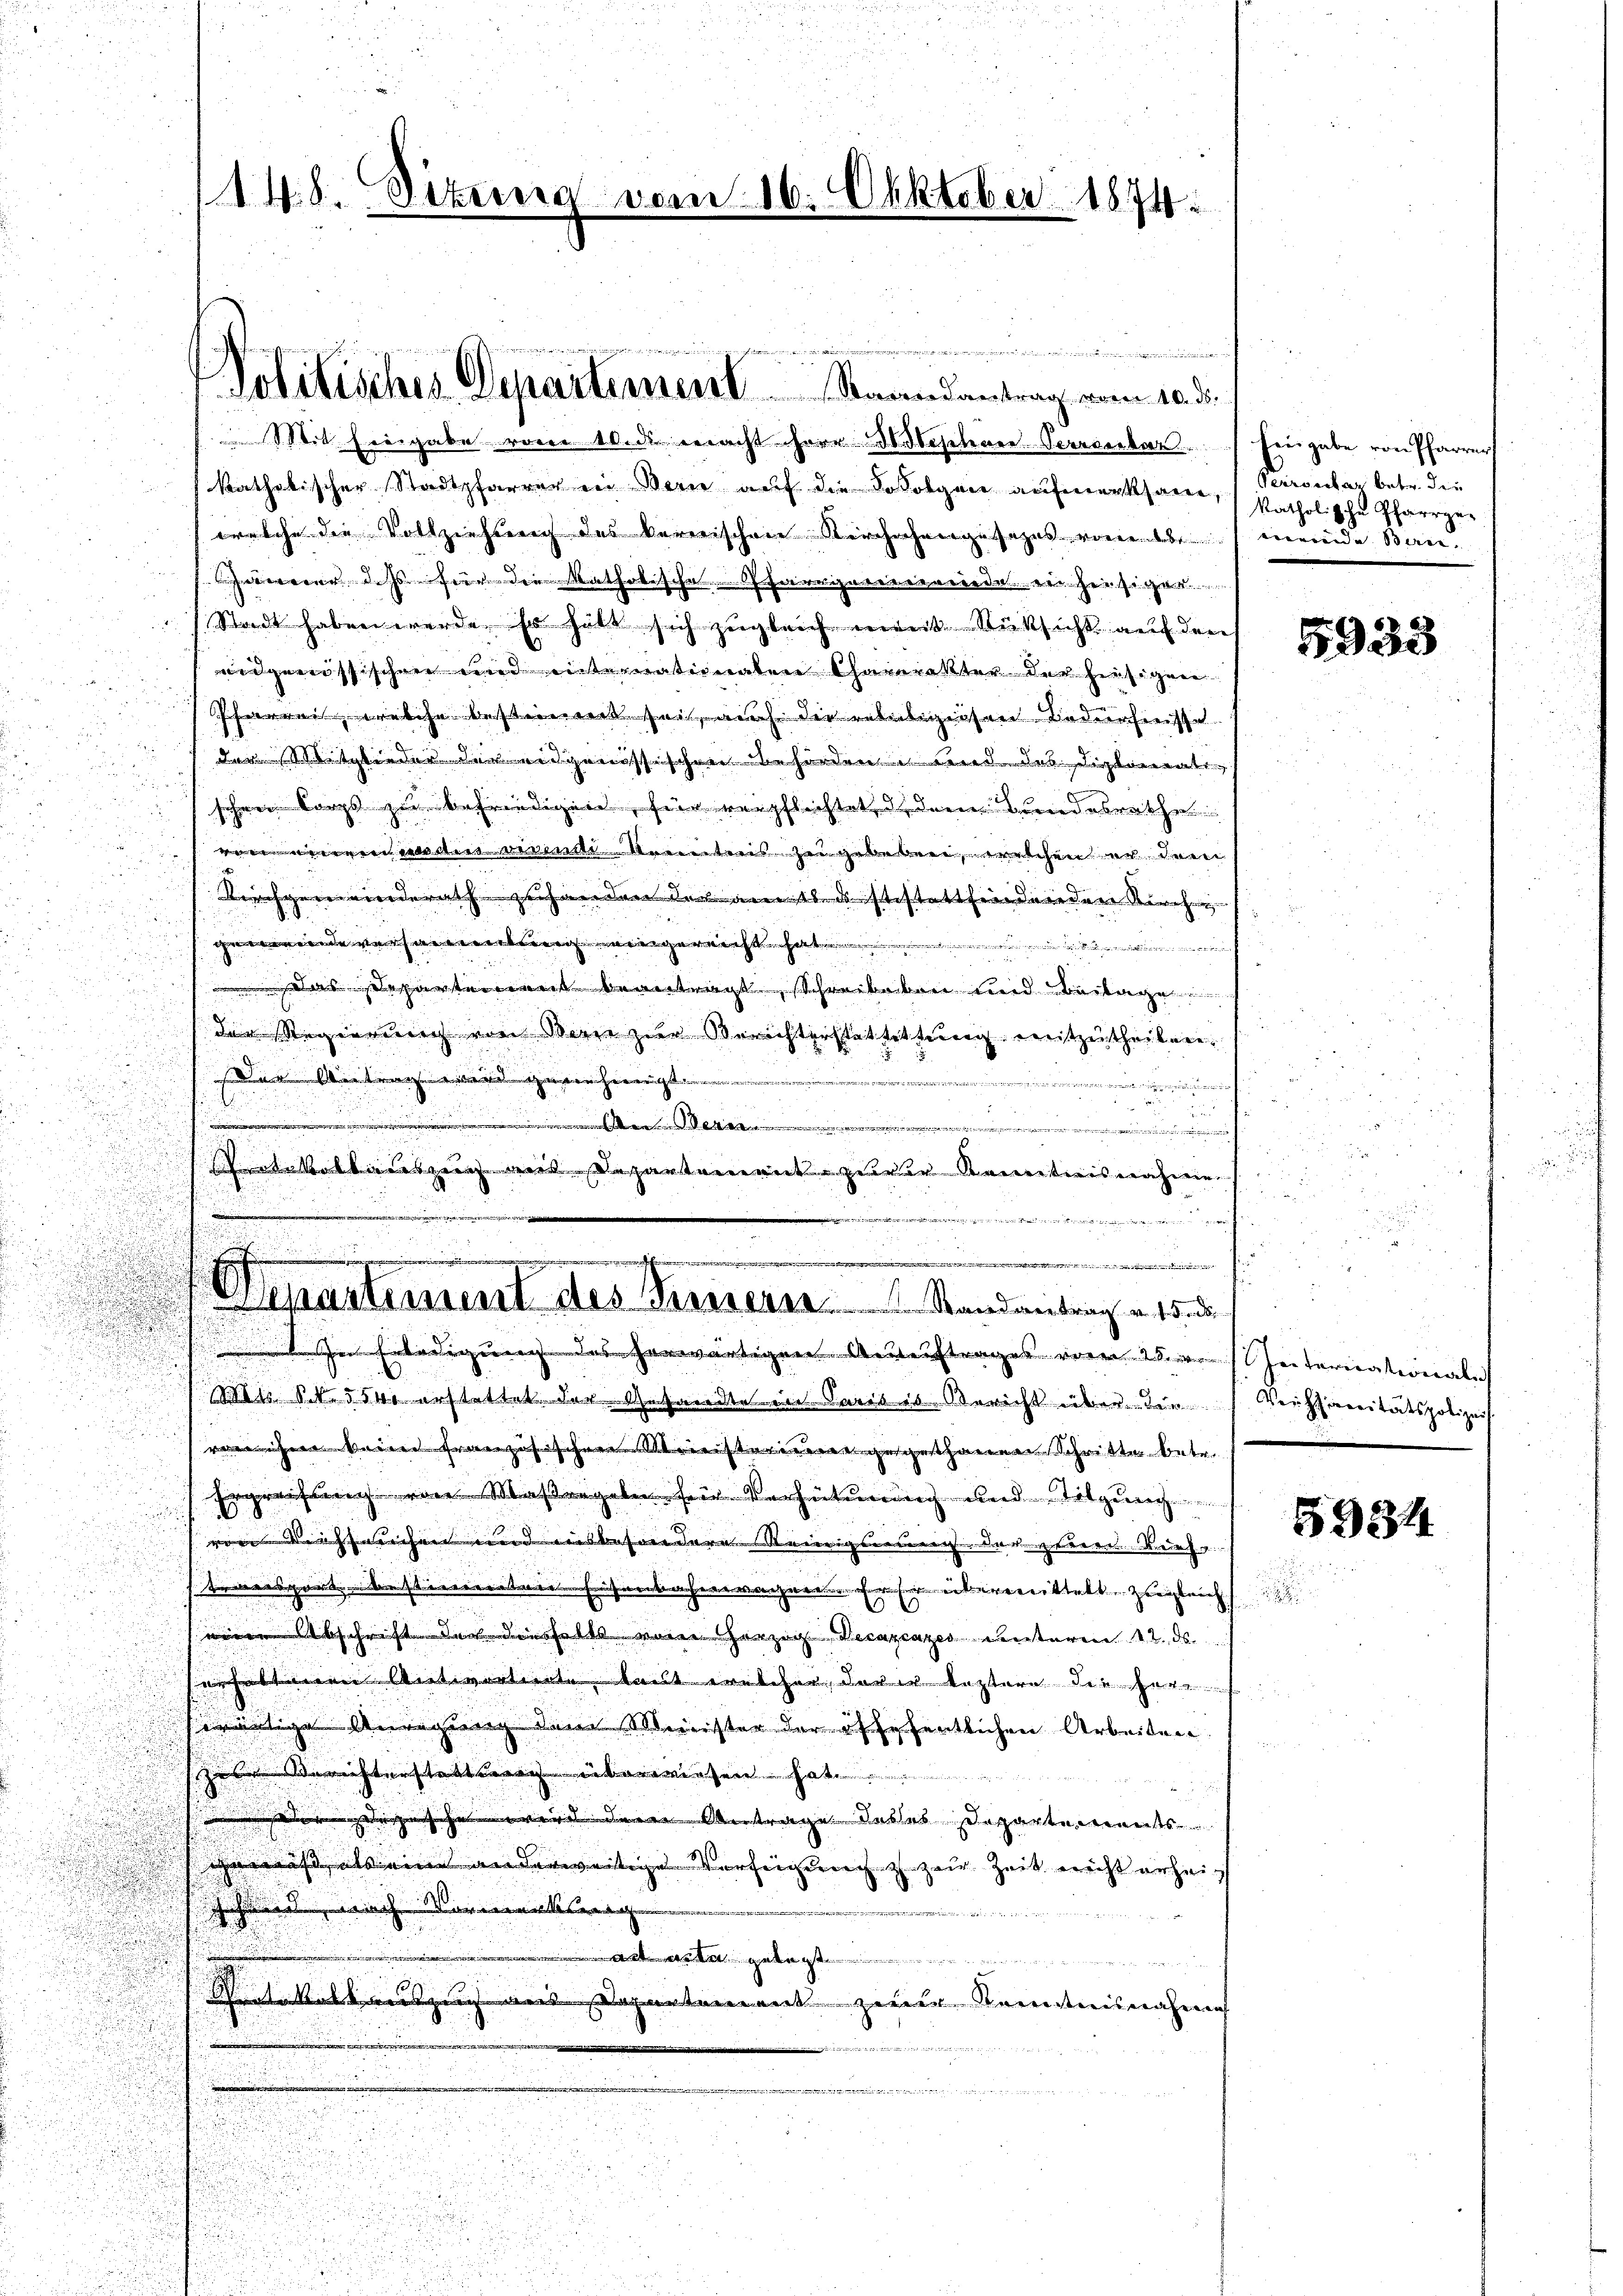
.
Mit Eingabe vom 10. ds. macht herr M. Waschere Verrenbar Eingabe von Pfarrer
katholischer Stadtpfarrer in Bern auf die Sofolgen aufmerksam, (Perrontar betr. die
(welche die Vollziehung des karerischen Kirchschengesezes von meinde Beneweier dass für die katholische Pfarrgemeinde er hiesiger
Stadt haben werde, so hatt sich zugleich mit Rücksicht auf den
eidgenössischen und enternationalen Charakter der hiesigen

Schwerweisekahn bester Zeit auf die rebeligiösen Liederheisse

d
der Mitglieder der eidgenössischen Behörden und des Diplomati¬
.

n
schen Corps zu befriedigen, für verpflichtet, dem Bundesrathe
 von einer weder vivende Momentris zu gebeben, welchen er dem

Kirchgemeinderath verhanden der am bei stestattfindenden Kirchen

u

ge wurde gericht
u
u

d
Das bescharten mit beantragt, schreibeben und Beilage

n
 1
dem Regiernach von Marie zur Berichterstattettung erritzentheilen.
2
Den Vertrag ward genehmigt. |

.

u

otkollauszug mit Departement zuver Kenntnisnahme
e
i
a

.

u
V. In Erledigung des herwärtigen Auskauftrages vom 25. Interiationale
Mis. S. 554 erstattet der Gesandte in Parisis-Bericht über die Versanitätspolizeis

vereichnee beim französischen Ministerien gegethanen Schritte betr.
n
Ergrechung von Maßregeln für Verhütung und Sitzung
8

ronen Verstrichen und ausbesondere Reinigenen darunterren. Kurh
transport bestimmten Eisenbahnwachen. Erser überweittelte zugleich
u
einen Abschrifte der diesfalls von Herzog, Decapcazes unterm 12. ds
erhalten Activertierte kannt welcher der in leztere dieser
swärtige Anregung dem Minister der öffefentlichen Arbeiten.
erichterstatt derscheiberwiesen hat.
sgesehen wird der Antrage dasses Departements
Gewußt, als eine anderweistige Verzeigung zu zur Zeit nicht erheit
htes ach Vormensinnig |
ieen u.

Witzer Kenntnisnahme
.
u

u

148. Sektierg

Solitisches Departement Staandantrag vom 10. d.

m

.
chustiment des Innern. Standentrin u. 15. d.

vom 16. Oktober 1874.

katholische Pfarrge¬

.

5933

5934